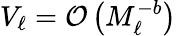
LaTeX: V_{\ell}=\mathcal{O}\left(M_{\ell}^{-b}\right)